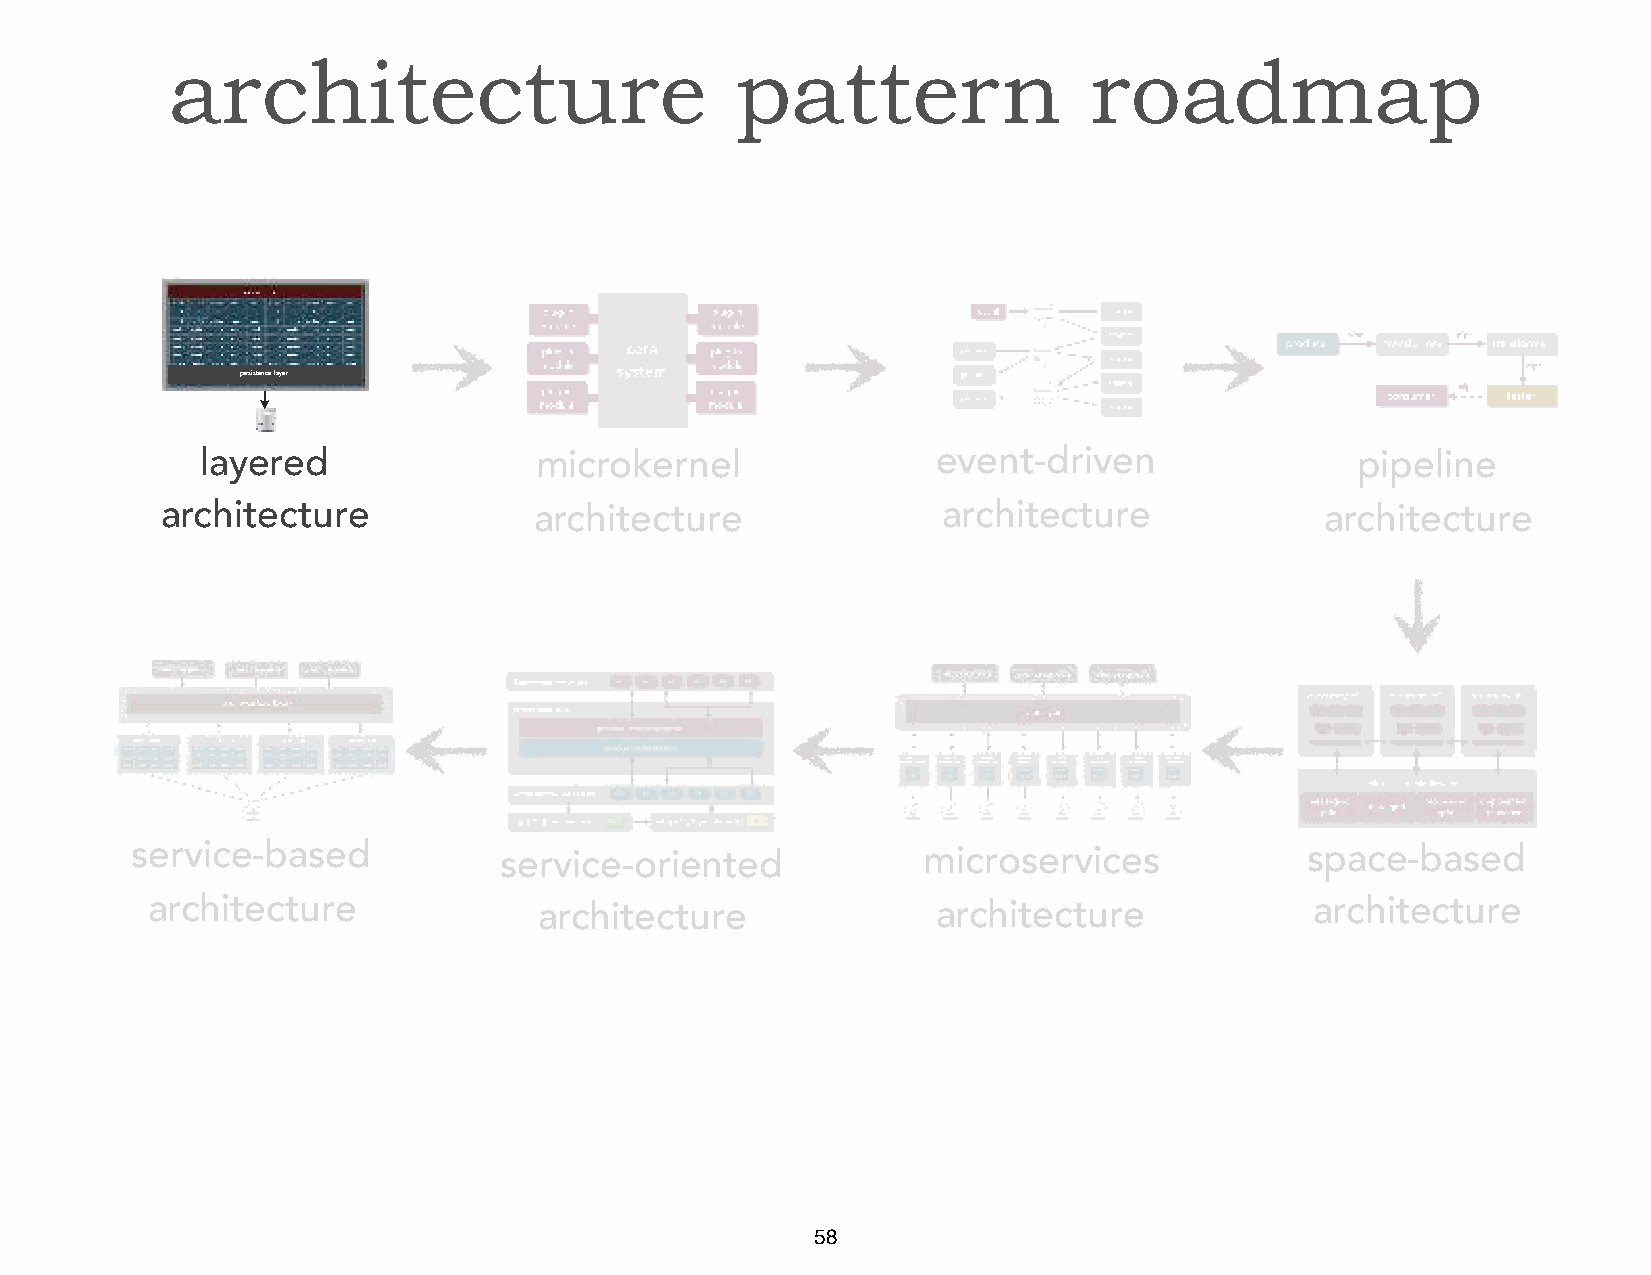
architecture                          pattern                roadmap
 persistence layer
 layered               microkernel                event-driven                pipeline
 architecture            architecture               architecture              architecture
 service-based           service-oriented            microservices            space-based
 architecture              architecture              architecture             architecture
 58